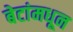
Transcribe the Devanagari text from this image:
बेटांमधून